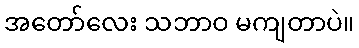
အတော်လေး သဘာဝ မကျတာပဲ။